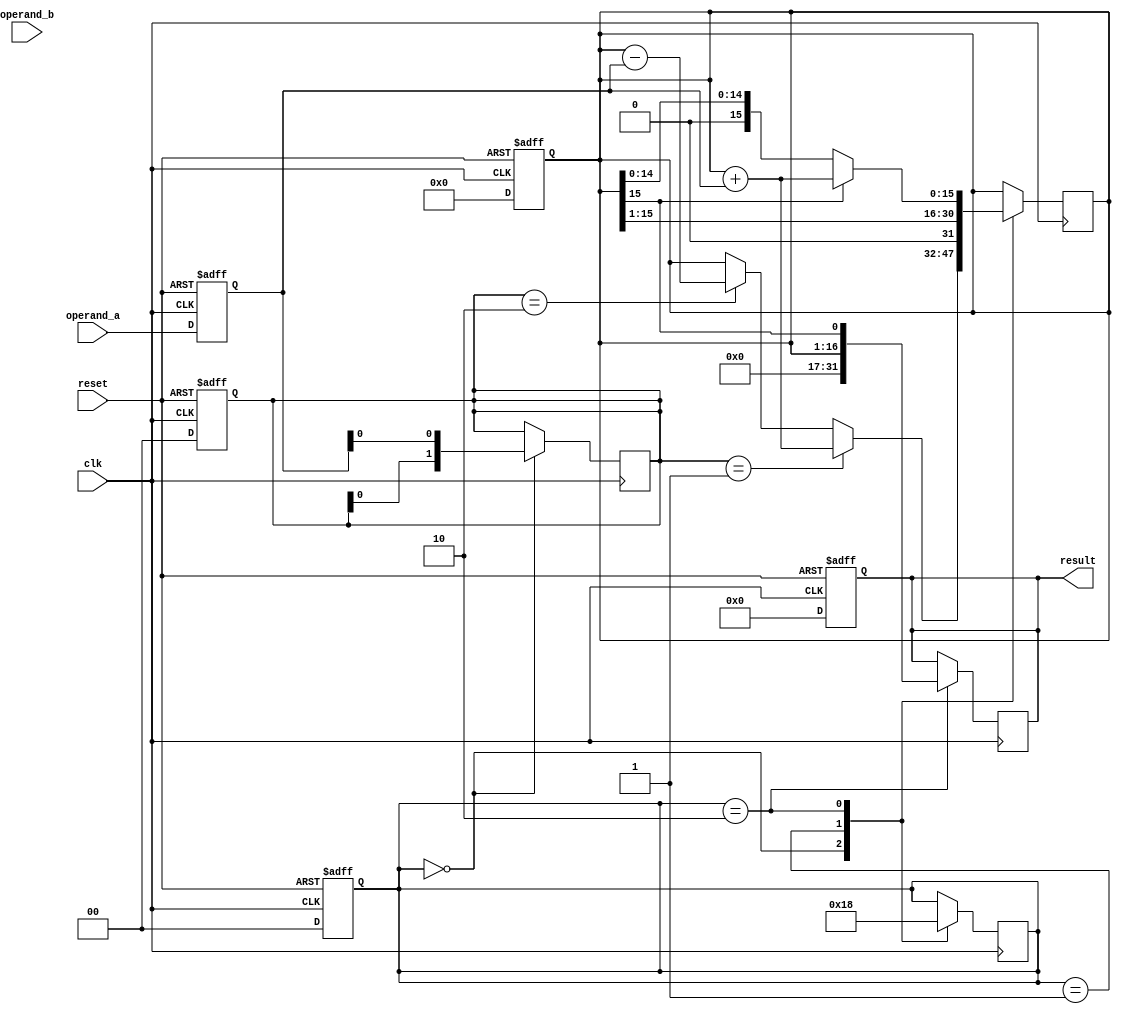
module Booth_Multiplier (
    input wire clk,
    input wire reset,
    input wire [15:0] operand_a,
    input wire [15:0] operand_b,
    output reg [31:0] result
);

reg [15:0] multiplier_reg;
reg [15:0] accumulator_reg;
reg [1:0] control_signals;
reg [1:0] booth_encoder;

always @ (posedge clk or posedge reset) begin
    if (reset) begin
        multiplier_reg <= 16'd0;
        accumulator_reg <= 16'd0;
        control_signals <= 2'b00;
        booth_encoder <= 2'b00;
        result <= 32'd0;
    end else begin
        multiplier_reg <= operand_a;
        accumulator_reg <= 16'd0;
        control_signals <= 2'b00;
        booth_encoder <= 2'b00;
        result <= 32'd0;
    end
end

always @ (posedge clk) begin
    case (control_signals)
        2'b00: begin  // Shift
            if (booth_encoder == 2'b01) begin
                accumulator_reg <= accumulator_reg + multiplier_reg;
            end else if (booth_encoder == 2'b10) begin
                accumulator_reg <= accumulator_reg - multiplier_reg;
            end
            booth_encoder <= {booth_encoder[0], multiplier_reg[0]};
            control_signals <= 2'b01;
        end
        2'b01: begin  // Add/Subtract
            accumulator_reg <= accumulator_reg >> 1;
            control_signals <= 2'b10;
        end
        2'b10: begin  // Normalize
            if (accumulator_reg[15] == 1) begin
                accumulator_reg <= accumulator_reg + multiplier_reg;
            end
            result <= {accumulator_reg, accumulator_reg[15]};
            control_signals <= 2'b00;
        end
    endcase
end

endmodule